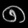
Digit: ၈